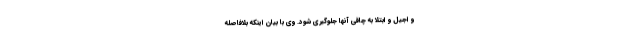
و اجیل و ابتلا به چاقی آنها جلوگیری شود. وی با بیان اینکه بلافاصله